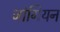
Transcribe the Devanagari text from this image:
जांगियन